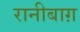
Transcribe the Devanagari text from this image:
रानीबाग़